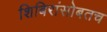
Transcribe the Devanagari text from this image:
शिबिरांसोबतच